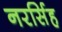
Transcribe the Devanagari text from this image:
नरर्सिह